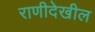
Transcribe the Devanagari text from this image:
राणीदेखील